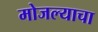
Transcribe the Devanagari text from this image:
मोजल्याचा